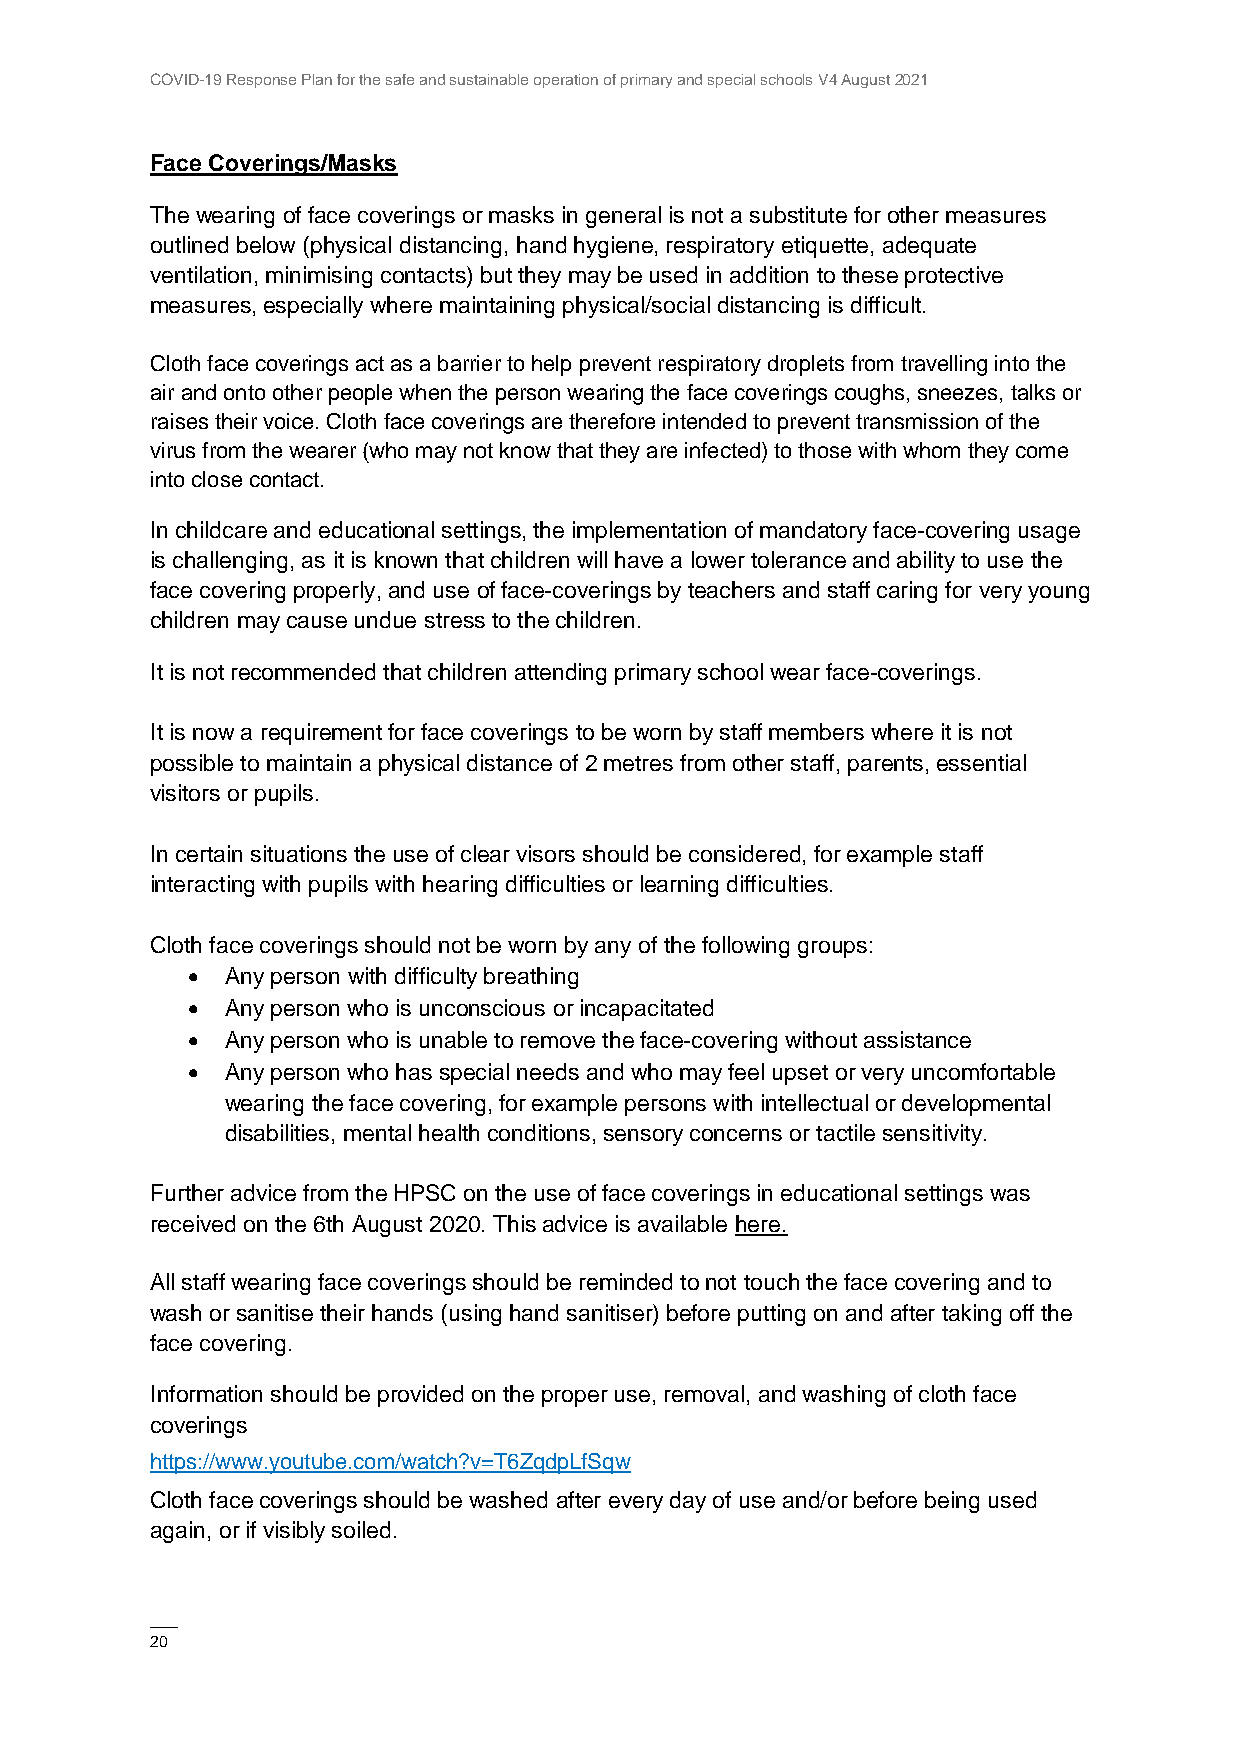
COVID-19 Response Plan for the safe and sustainable operation of primary and special schools V4 August 2021
 Face Coverings/Masks
 The wearing of face coverings or masks in general is not a substitute for other measures
 outlined below (physical distancing, hand hygiene, respiratory etiquette, adequate
 ventilation, minimising contacts) but they may be used in addition to these protective
 measures, especially where maintaining physical/social distancing is difficult.
 Cloth face coverings act as a barrier to help prevent respiratory droplets from travelling into the
 air and onto other people when the person wearing the face coverings coughs, sneezes, talks or
 raises their voice. Cloth face coverings are therefore intended to prevent transmission of the
 virus from the wearer (who may not know that they are infected) to those with whom they come
 into close contact.
 In childcare and educational settings, the implementation of mandatory face-covering usage
 is challenging, as it is known that children will have a lower tolerance and ability to use the
 face covering properly, and use of face-coverings by teachers and staff caring for very young
 children may cause undue stress to the children.
 It is not recommended that children attending primary school wear face-coverings.
 It is now a requirement for face coverings to be worn by staff members where it is not
 possible to maintain a physical distance of 2 metres from other staff, parents, essential
 visitors or pupils.
 In certain situations the use of clear visors should be considered, for example staff
 interacting with pupils with hearing difficulties or learning difficulties.
 Cloth face coverings should not be worn by any of the following groups:
   Any person with difficulty breathing
   Any person who is unconscious or incapacitated
   Any person who is unable to remove the face-covering without assistance
   Any person who has special needs and who may feel upset or very uncomfortable
 wearing the face covering, for example persons with intellectual or developmental
 disabilities, mental health conditions, sensory concerns or tactile sensitivity.
 Further advice from the HPSC on the use of face coverings in educational settings was
 received on the 6th August 2020. This advice is available here.
 All staff wearing face coverings should be reminded to not touch the face covering and to
 wash or sanitise their hands (using hand sanitiser) before putting on and after taking off the
 face covering.
 Information should be provided on the proper use, removal, and washing of cloth face
 coverings
 https://www.youtube.com/watch?v=T6ZqdpLfSqw
 Cloth face coverings should be washed after every day of use and/or before being used
 again, or if visibly soiled.
 ——
 20